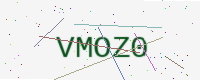
Text: VMOZ0